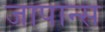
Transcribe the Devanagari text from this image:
जापान्स